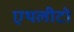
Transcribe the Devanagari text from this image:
एथलीटो